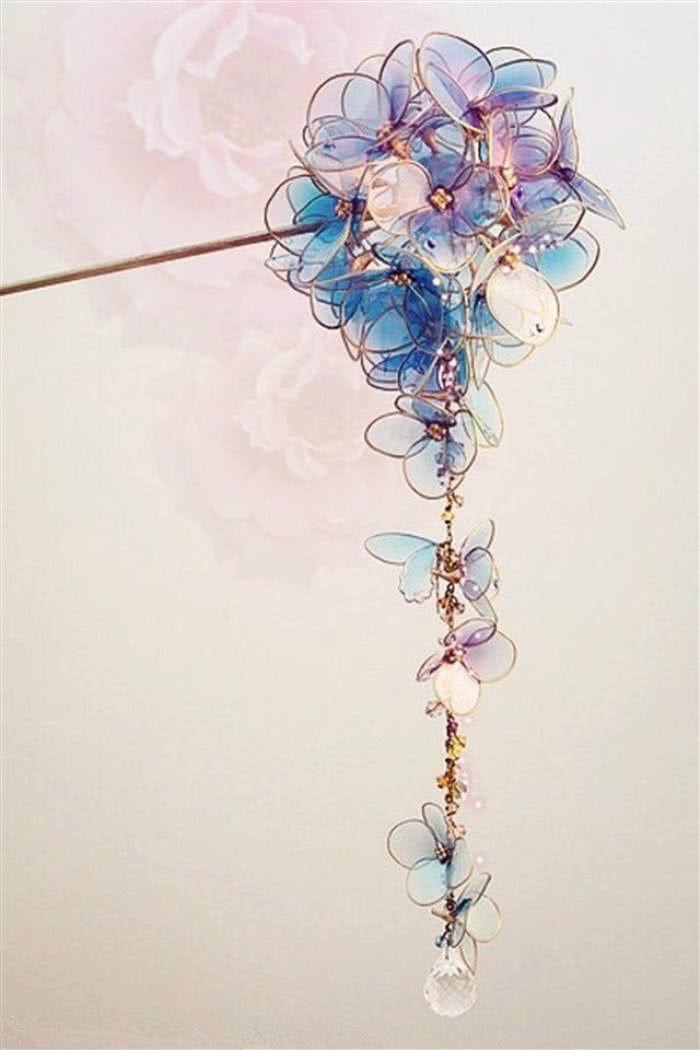
为问花何在，夜来风雨，葬楚宫倾国。